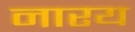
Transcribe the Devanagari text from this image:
नारय